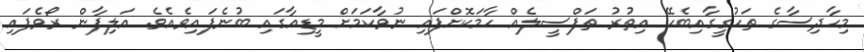
މިހާދިސާގެ ތަހުގީގާއިބެހޭ އިތުރު ތަފްސީލެއް ހާމަކޮށްފައި ނުވާކަމަށް މީޑިއާގައި ބުނެފައިވެއެވެ. އަލިފާން ރޯވެފައި